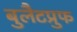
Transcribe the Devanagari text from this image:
बुलैटप्रुफ